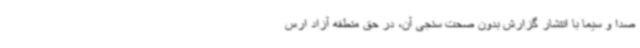
صدا و سیما با انتشار گزارش بدون صحت سنجی آن، در حق منطقه آزاد ارس